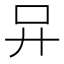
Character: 𠮽